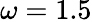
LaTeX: \omega=1.5